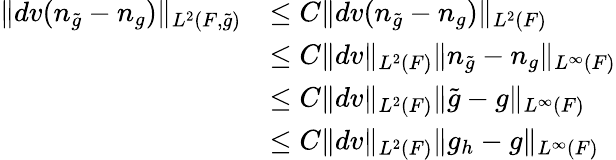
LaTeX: \begin{array}{rl}{\| dv(n_{\widetilde{g}}-n_{g})\| _{L^{2}(F,\widetilde{g})}}&{\le C\| dv(n_{\widetilde{g}}-n_{g})\| _{L^{2}(F)}}\\ &{\le C\| dv\| _{L^{2}(F)}\| n_{\widetilde{g}}-n_{g}\| _{L^{\infty}(F)}}\\ &{\le C\| dv\| _{L^{2}(F)}\| \widetilde{g}-g\| _{L^{\infty}(F)}}\\ &{\le C\| dv\| _{L^{2}(F)}\| g_{h}-g\| _{L^{\infty}(F)}}\end{array}